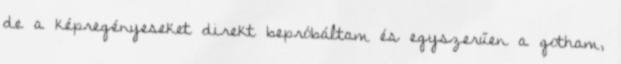
de a képregényeseket direkt bepróbáltam és egyszerűen a gotham,